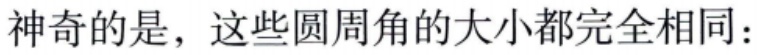
神奇的是，这些圆周角的大小都完全相同：